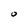
Character: O